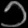
Digit: ၁